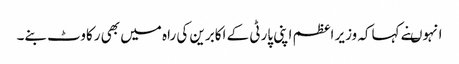
انہوںنے کہاکہ وزیر اعظم اپنی پارٹی کے اکابرین کی راہ میں بھی رکاوٹ بنے۔